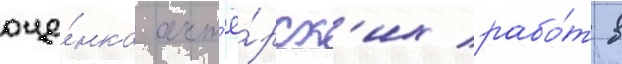
оце́нка акт'ё́рск'их рабо́т в